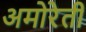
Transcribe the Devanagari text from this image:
अमोरेती